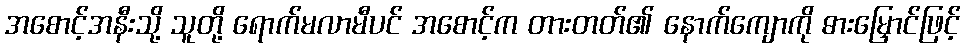
အစောင့်အနီးသို့ သူတို့ ရောက်မလာမီပင် အစောင့်က တားတတ်၏ နောက်ကျောကို ဓားမြှောင်ဖြင့်